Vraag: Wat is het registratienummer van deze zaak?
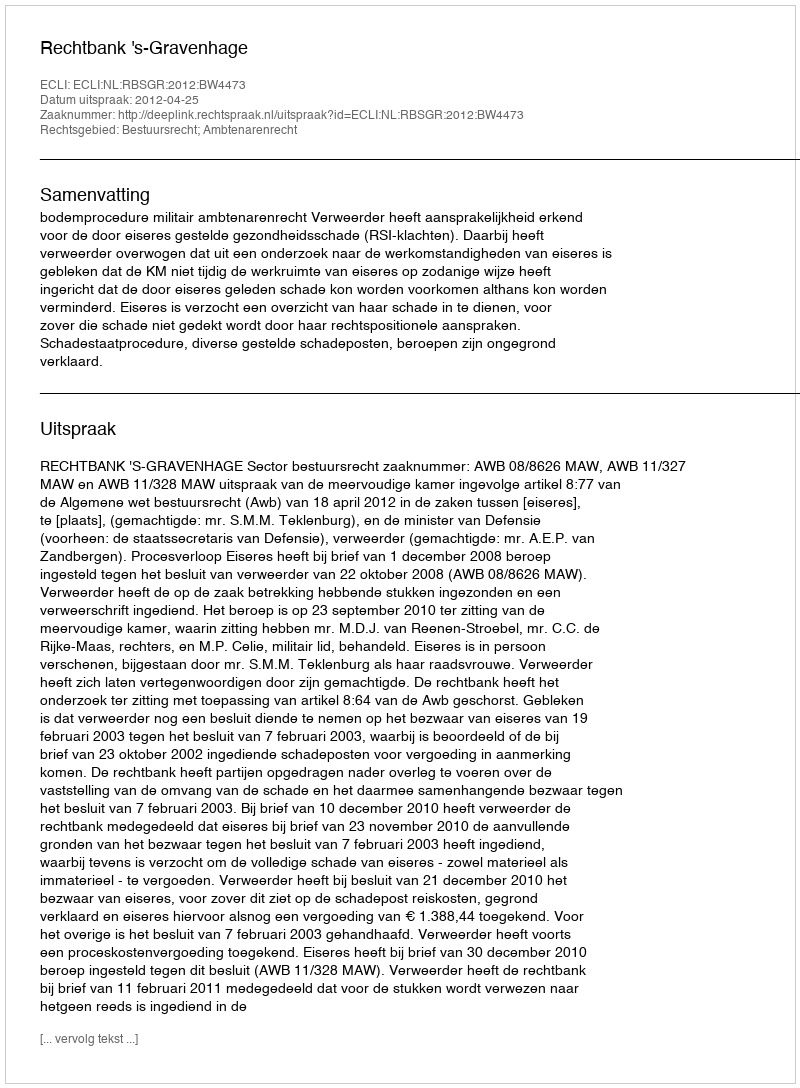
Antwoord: http://deeplink.rechtspraak.nl/uitspraak?id=ECLI:NL:RBSGR:2012:BW4473